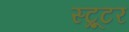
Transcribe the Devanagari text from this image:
स्ट्रूटर